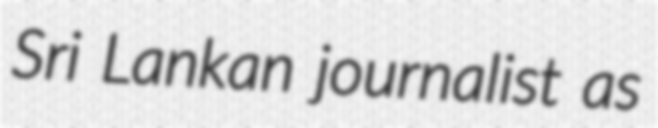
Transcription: Sri Lankan journalist as